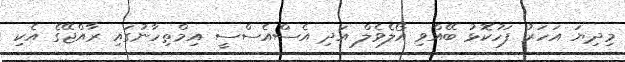
މިދިޔަ އަހަރު ފަހުކޮޅު ބޭއްވި އޯލެވެލް އަދި އެސްއެސްސީ އިމްތިހާނުގައި ރާއްޖޭގެ އެކި